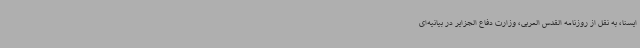
ایسنا، به نقل از روزنامه القدس العربی، وزارت دفاع الجزایر در بیانیه‌ای